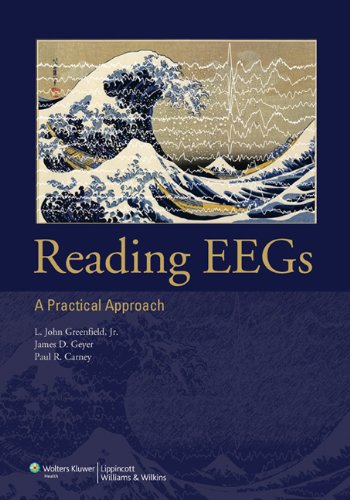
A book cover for Reading EEGs: A Practical Approach; L. John Greenfield Jr.  MD  PhD; Health, Fitness & Dieting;